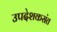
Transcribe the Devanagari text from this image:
उपदेशकसंत